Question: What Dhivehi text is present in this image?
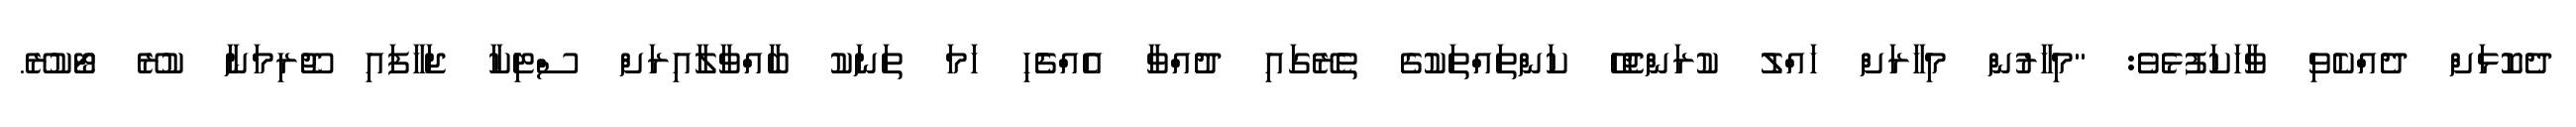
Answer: ދެކޮޅަށް ދެއްކެވި ވާހަކަފުޅެވެ: "މިހާރުން މިހާރަށް ހައްލު ކުރަންޖެހޭ ކަންތައްތަކުގެ ތެރޭގައި ދުއްވާ އެއްޗެެހި ހަމަ ތަނަކު ބާއްވާލާއިރަށް ސްޓިކާ ޖަހާފައި ޖޫރިމަނާ ކުރޭ ޓޯކުރޭ.